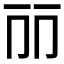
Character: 𠀙